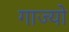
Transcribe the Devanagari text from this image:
गाज्यो